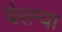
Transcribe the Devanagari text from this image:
घेरल्या